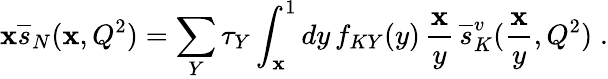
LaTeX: \mathbf{x}{\overline{{{s}}}}_{N}(\mathbf{x},Q^{2})=\sum_{Y}\tau_{Y}\int_{\mathbf{x}}^{1}dy\, f_{KY}(y)\, \frac{{\mathbf{x}}}{{y}}\, {\overline{{{s}}}}_{K}^{v}(\frac{{\mathbf{x}}}{{y}},Q^{2})\; .